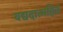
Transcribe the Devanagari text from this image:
यद्यदात्महितं